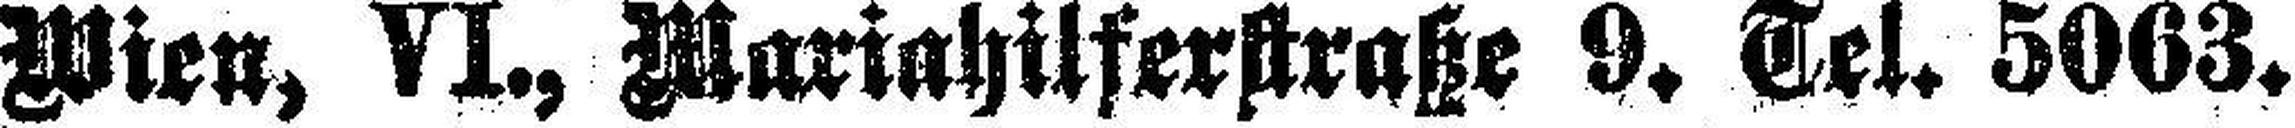
Wien, VI., Mariahilferstraße 9. Tel. 5063.